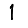
Digit: 1